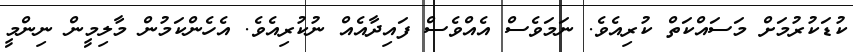
ކުޑަކުރުމަށް މަސައްކަތް ކުރިއެވެ. ނަމަވެސް އެއްވެސް ފައިދާއެއް ނުކުރިއެވެ. އެހެންކަމުން މާލިމީން ނިންމީ